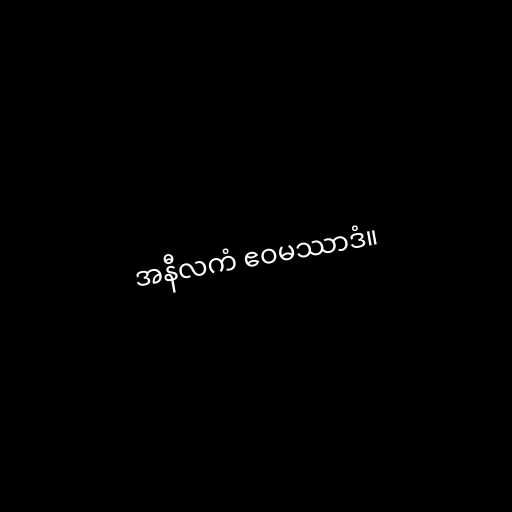
အနီလကံ ဧဝမဿာဒံ။